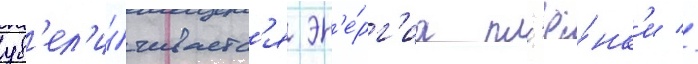
ув'ел'и́чиваетс'я эн'е́рг'иа пл'ё́нк'и //